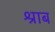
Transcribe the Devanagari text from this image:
श्राब